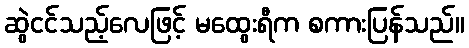
ဆွဲငင်သည့်လေဖြင့် မထွေးရီက စကားပြန်သည်။